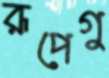
রূপেগু